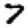
Digit: 7